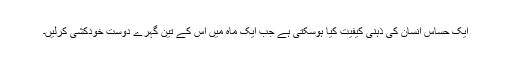
ایک حساس انسان کی ذہنی کیفیت کیا ہوسکتی ہے جب ایک ماہ میں اس کے تین گہرے دوست خودکشی کرلیں۔